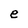
Character: e